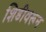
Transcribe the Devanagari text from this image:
शिडीवरून